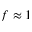
f \approx 1